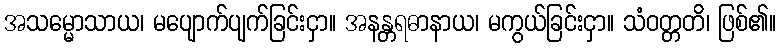
အသမ္မောသာယ၊ မပျောက်ပျက်ခြင်းငှာ။ အနန္တရဓာနာယ၊ မကွယ်ခြင်းငှာ။ သံဝတ္တတိ၊ ဖြစ်၏။